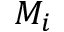
M _ { i }